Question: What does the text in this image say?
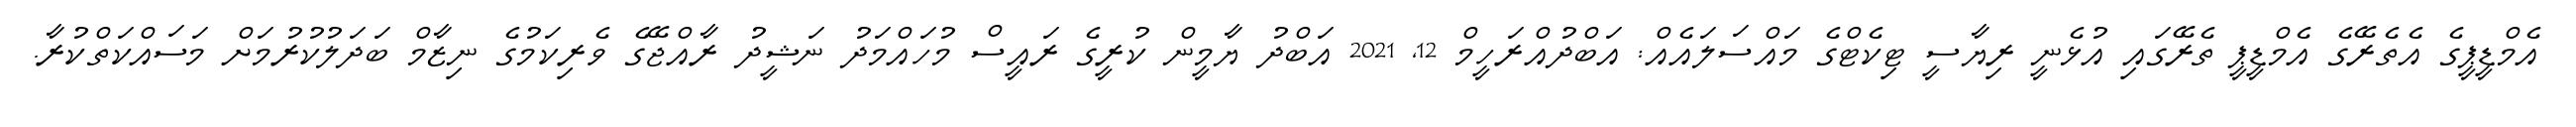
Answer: އެމްޑީޕީގެ އެތެރޭގެ އެމްޑީޕީ ތެރޭގައި އުޅެނީ ރިޔާސީ ޓިކެޓްގެ މައްސަލައެއް: އަބްދުއްރަހީމް 12, 2021 އަބްދު ޔާމީން ކުރީގެ ރައީސް މުހައްމަދު ނަޝީދު ރާއްޖޭގެ ވެރިކަމުގެ ނިޒާމް ބަދަލުކުރުމަށް މަސައްކަތްކުރާ.